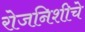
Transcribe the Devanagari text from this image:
रोजनिशीचे